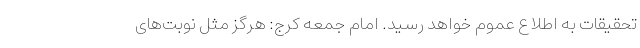
تحقیقات به اطلاع عموم خواهد رسید. امام جمعه کرج: هرگز مثل نوبت‌های